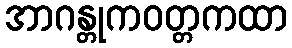
အာဂန္တုကဝတ္တကထာ